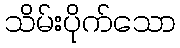
သိမ်းပိုက်သော